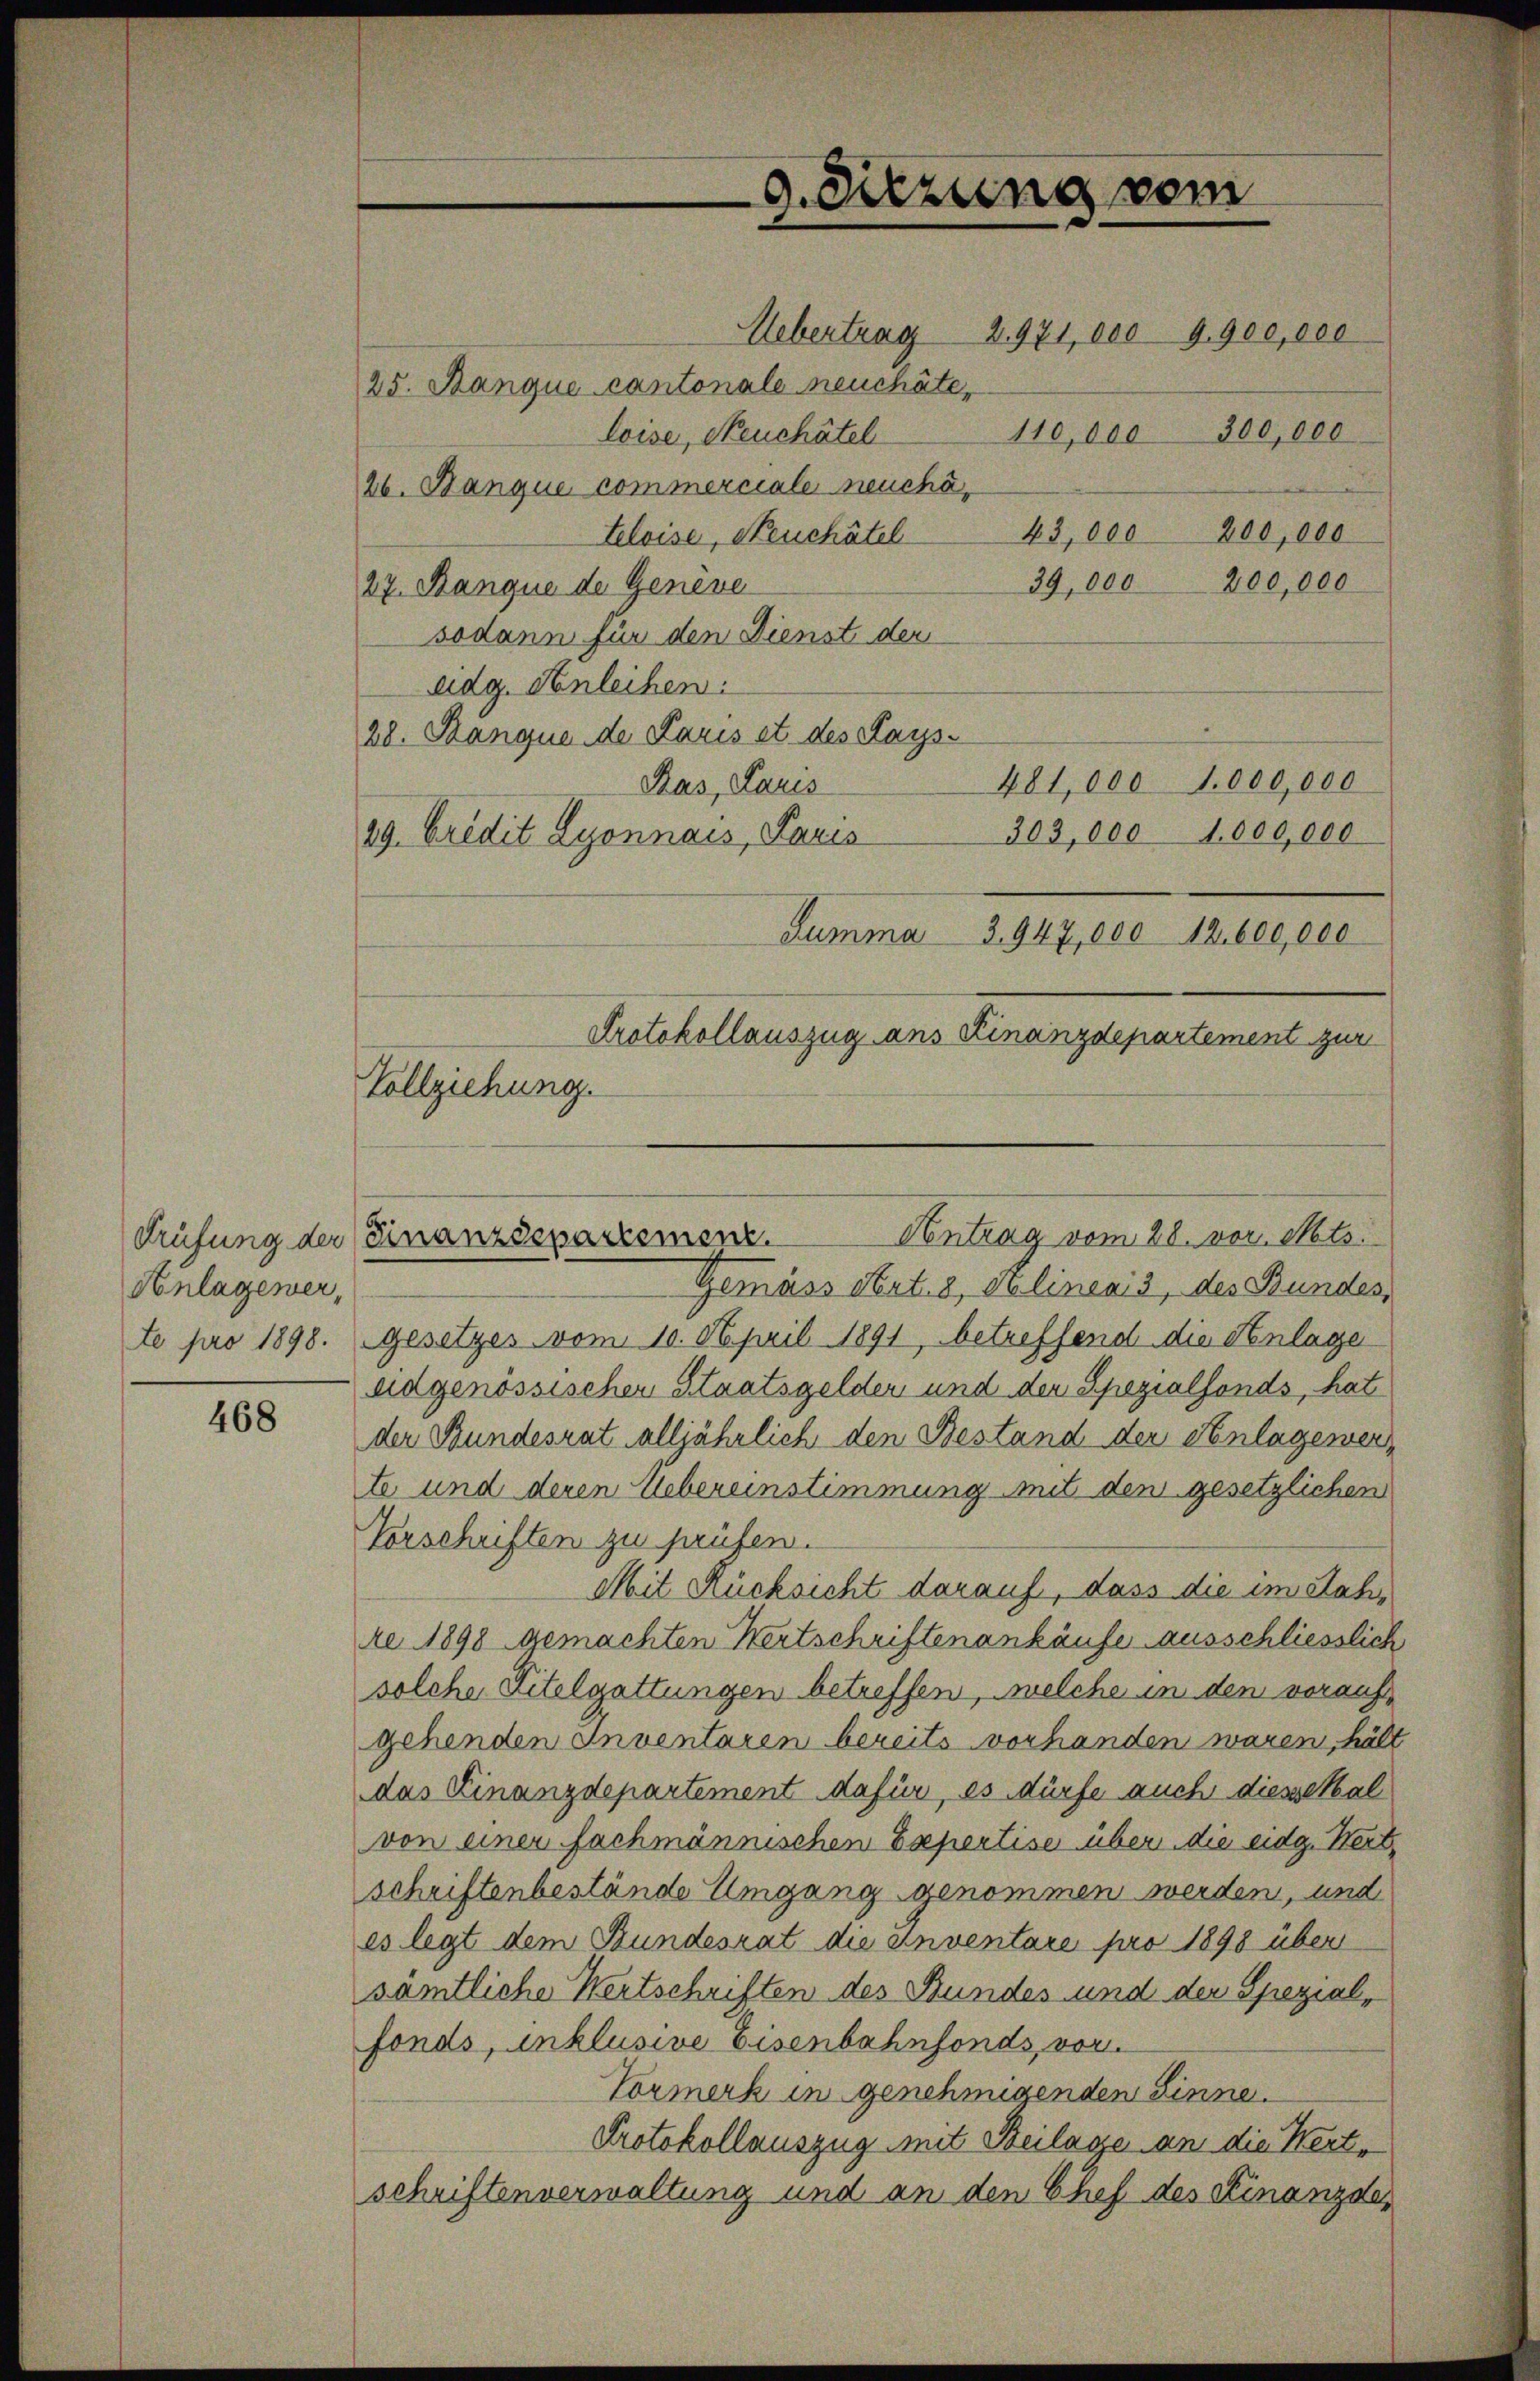
Anlagewer,

468

Vollziehung.

9. Sitzung vom

Uebertrag
25. Banque cantonale neuchâte,
loise, Neuchâtel
26. Banque commerciale neuche,
43,000 200,000
teloise, Neuchâtel
200,000
39,000
27. Banque de Genève
sodann für den Dienst der
eidg. Anleihen:
28. Banque de Paris et des Kays
481,000 1.000,000
Ras, Lauis
303,000
29. Credit Lyonnais, Paris
Protokollauszug ans Finanzdepartement zur
Gemäss Art. 8, Alineais, des Bundes,
te pro 1898. Gesetzes vom 10. April 1891 betreffend die Anlage
eidgenössischer Staatsgelden und der Spezialfonds, hat
der Bundesrat alljährlich den Bestand der Anlagener-
te und deren Uebereinstimmung mit den gesetzlichen
Vorschriften zu prüfen.
Mit Rücksicht darauf, dass die im Jahre 1898 gemachten Kertschriften ankäufe ausschliesslich
solche Titelgattungen betreffen, welche in den voraufgehenden Inventaren bereits vorhanden waren, hält
das Finanzdepartement dafür, es dürfe auch diessethal
von einer fachmännischen Expertise über die eidg. Wert
schriftenbestände Umgang genommen werden, und
es legt dem Bundesrat die anventare pro 1898 über
sämtliche Wertschriften des Bundes und der Spezialfonds, inklusive Eisenbahnfonds, vor.
Vormerk in genehmigenden Sinne.
Protokollauszug mit Beilage an die Wert-
schriftenverwaltung und an den Chef des Finanzde

Summa 3. 947,000 12,600,000

110,000 300,000

2971,000 9900,000

1.000,000

Antrag vom 28. vor. Mts.
drüfung der Finanzdepartement.